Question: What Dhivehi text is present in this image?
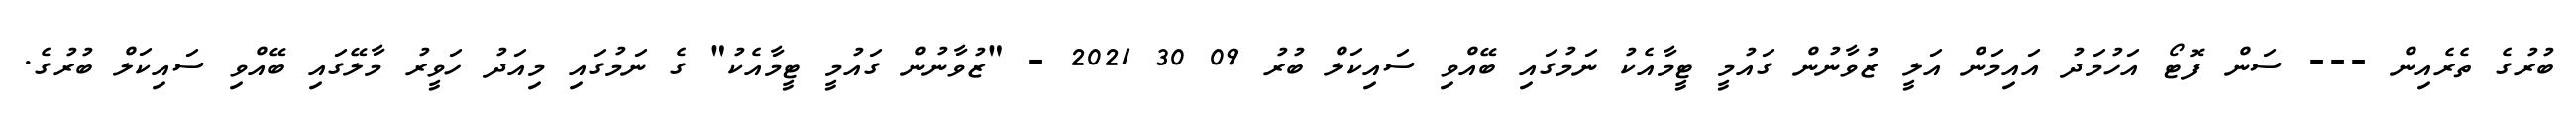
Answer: ބުރުގެ ތެރެއިން --- ސަން ފޮޓޯ އަހުމަދު އައިމަން އަލީ ޒުވާނުން ގައުމީ ޓީމާއެކު ނަމުގައި ބޭއްވި ސައިކަލް ބުރު 09 30 2021 - "ޒުވާނުން ގައުމީ ޓީމާއެކު" ގެ ނަމުގައި މިއަދު ހަވީރު މާލޭގައި ބޭއްވި ސައިކަލް ބުރުގެ.